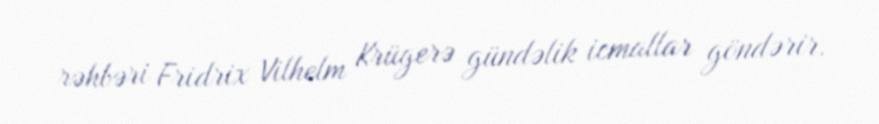
rəhbəri Fridrix Vilhelm Krügerə gündəlik icmallar göndərir.